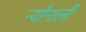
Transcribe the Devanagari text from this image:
न्यौनाली